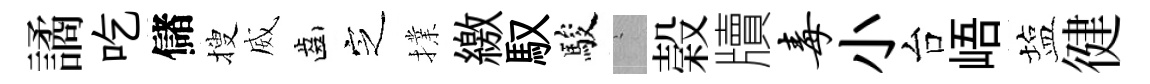
譎吃儲搜威齒㝎擈繳馭駿搖榖牘毒小台峿塩徤